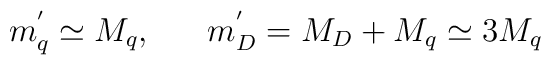
m_{q}^{'} \simeq M_{q}, ~~~~~m_{D}^{'} = M_{D} + M_{q} \simeq 3 M_{q}